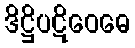
ဒိဋ္ဌိပဋိဝေဓေ